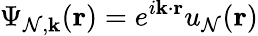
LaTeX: {\Psi}_{\mathcal{N},\mathbf{{k}}}(\mathbf{{r}})=e^{i\mathbf{{k}}\cdot\mathbf{{r}}}u_{\mathcal{N}}(\mathbf{{r}})